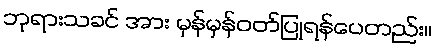
ဘုရားသခင် အား မှန်မှန်ဝတ်ပြုရန်ပေတည်း။